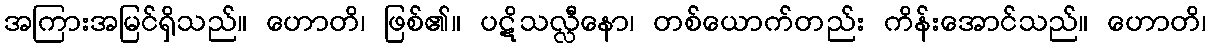
အကြားအမြင်ရှိသည်။ ဟောတိ၊ ဖြစ်၏။ ပဋိသလ္လီနော၊ တစ်ယောက်တည်း ကိန်းအောင်သည်။ ဟောတိ၊